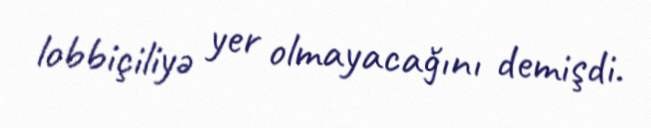
lobbiçiliyə yer olmayacağını demişdi.